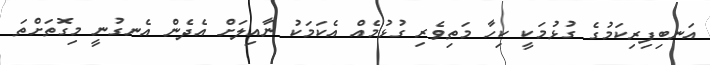
އަނބިފިރިކަމުގެ ގުޅުމަކީ ކިހާ މަތިވެރި ގުޅުމެއް އެކަމަކު ނާއިލަށް އެދެން އެނގުނީ މިގޮތަށްތަ